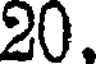
20.